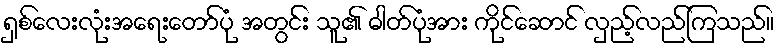
ရှစ်လေးလုံးအရေးတော်ပုံ အတွင်း သူ၏ ဓါတ်ပုံအား ကိုင်ဆောင် လှည့်လည်ကြသည်။